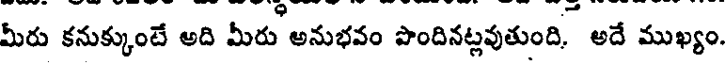
మీరు కనుక్కుంటే అది మీరు అనుభవం పొందినట్లవుతుంది. అదే ముఖ్యం.